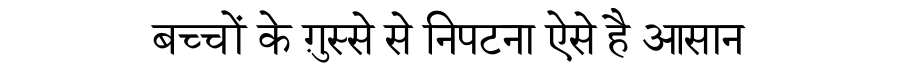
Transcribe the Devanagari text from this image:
बच्चों के ग़ुस्से से निपटना ऐसे है आसान